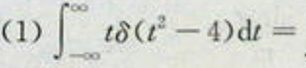
(1) $\int_{-\infty}^{\infty} t\delta(t^{2}-4)\mathrm{d}t =$